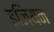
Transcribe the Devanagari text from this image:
इजियन